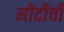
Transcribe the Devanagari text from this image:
नोंदीची